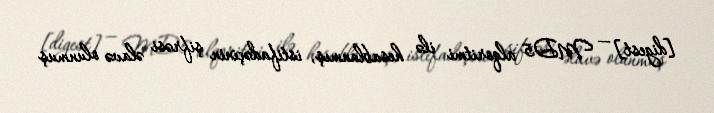
[digest] — MD5 alqoritmi ilə hesablanmış, istifadəçinin şifrəsi əlavə olunmuş